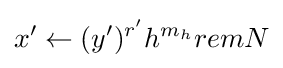
x'\leftarrow (y')^{r'}h^{m_{h}}remN